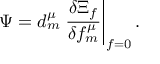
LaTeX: \Psi = d _ { m } ^ { \mu } \left. \frac { \delta \Xi _ { f } } { \delta f _ { m } ^ { \mu } } \right| _ { f = 0 } .